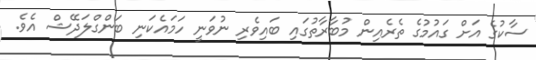
ސާކުގެ އަށް ގައުމުގެ ތެރެއިން މުބާރާތުގައި ބައިވެރި ނުވަނީ ހަމައެކަނި ބަންގްލަދޭޝް އެވެ.